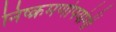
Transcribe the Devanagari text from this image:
निष्क्रमणोपयोगी